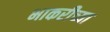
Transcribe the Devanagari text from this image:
भाकरीच्या